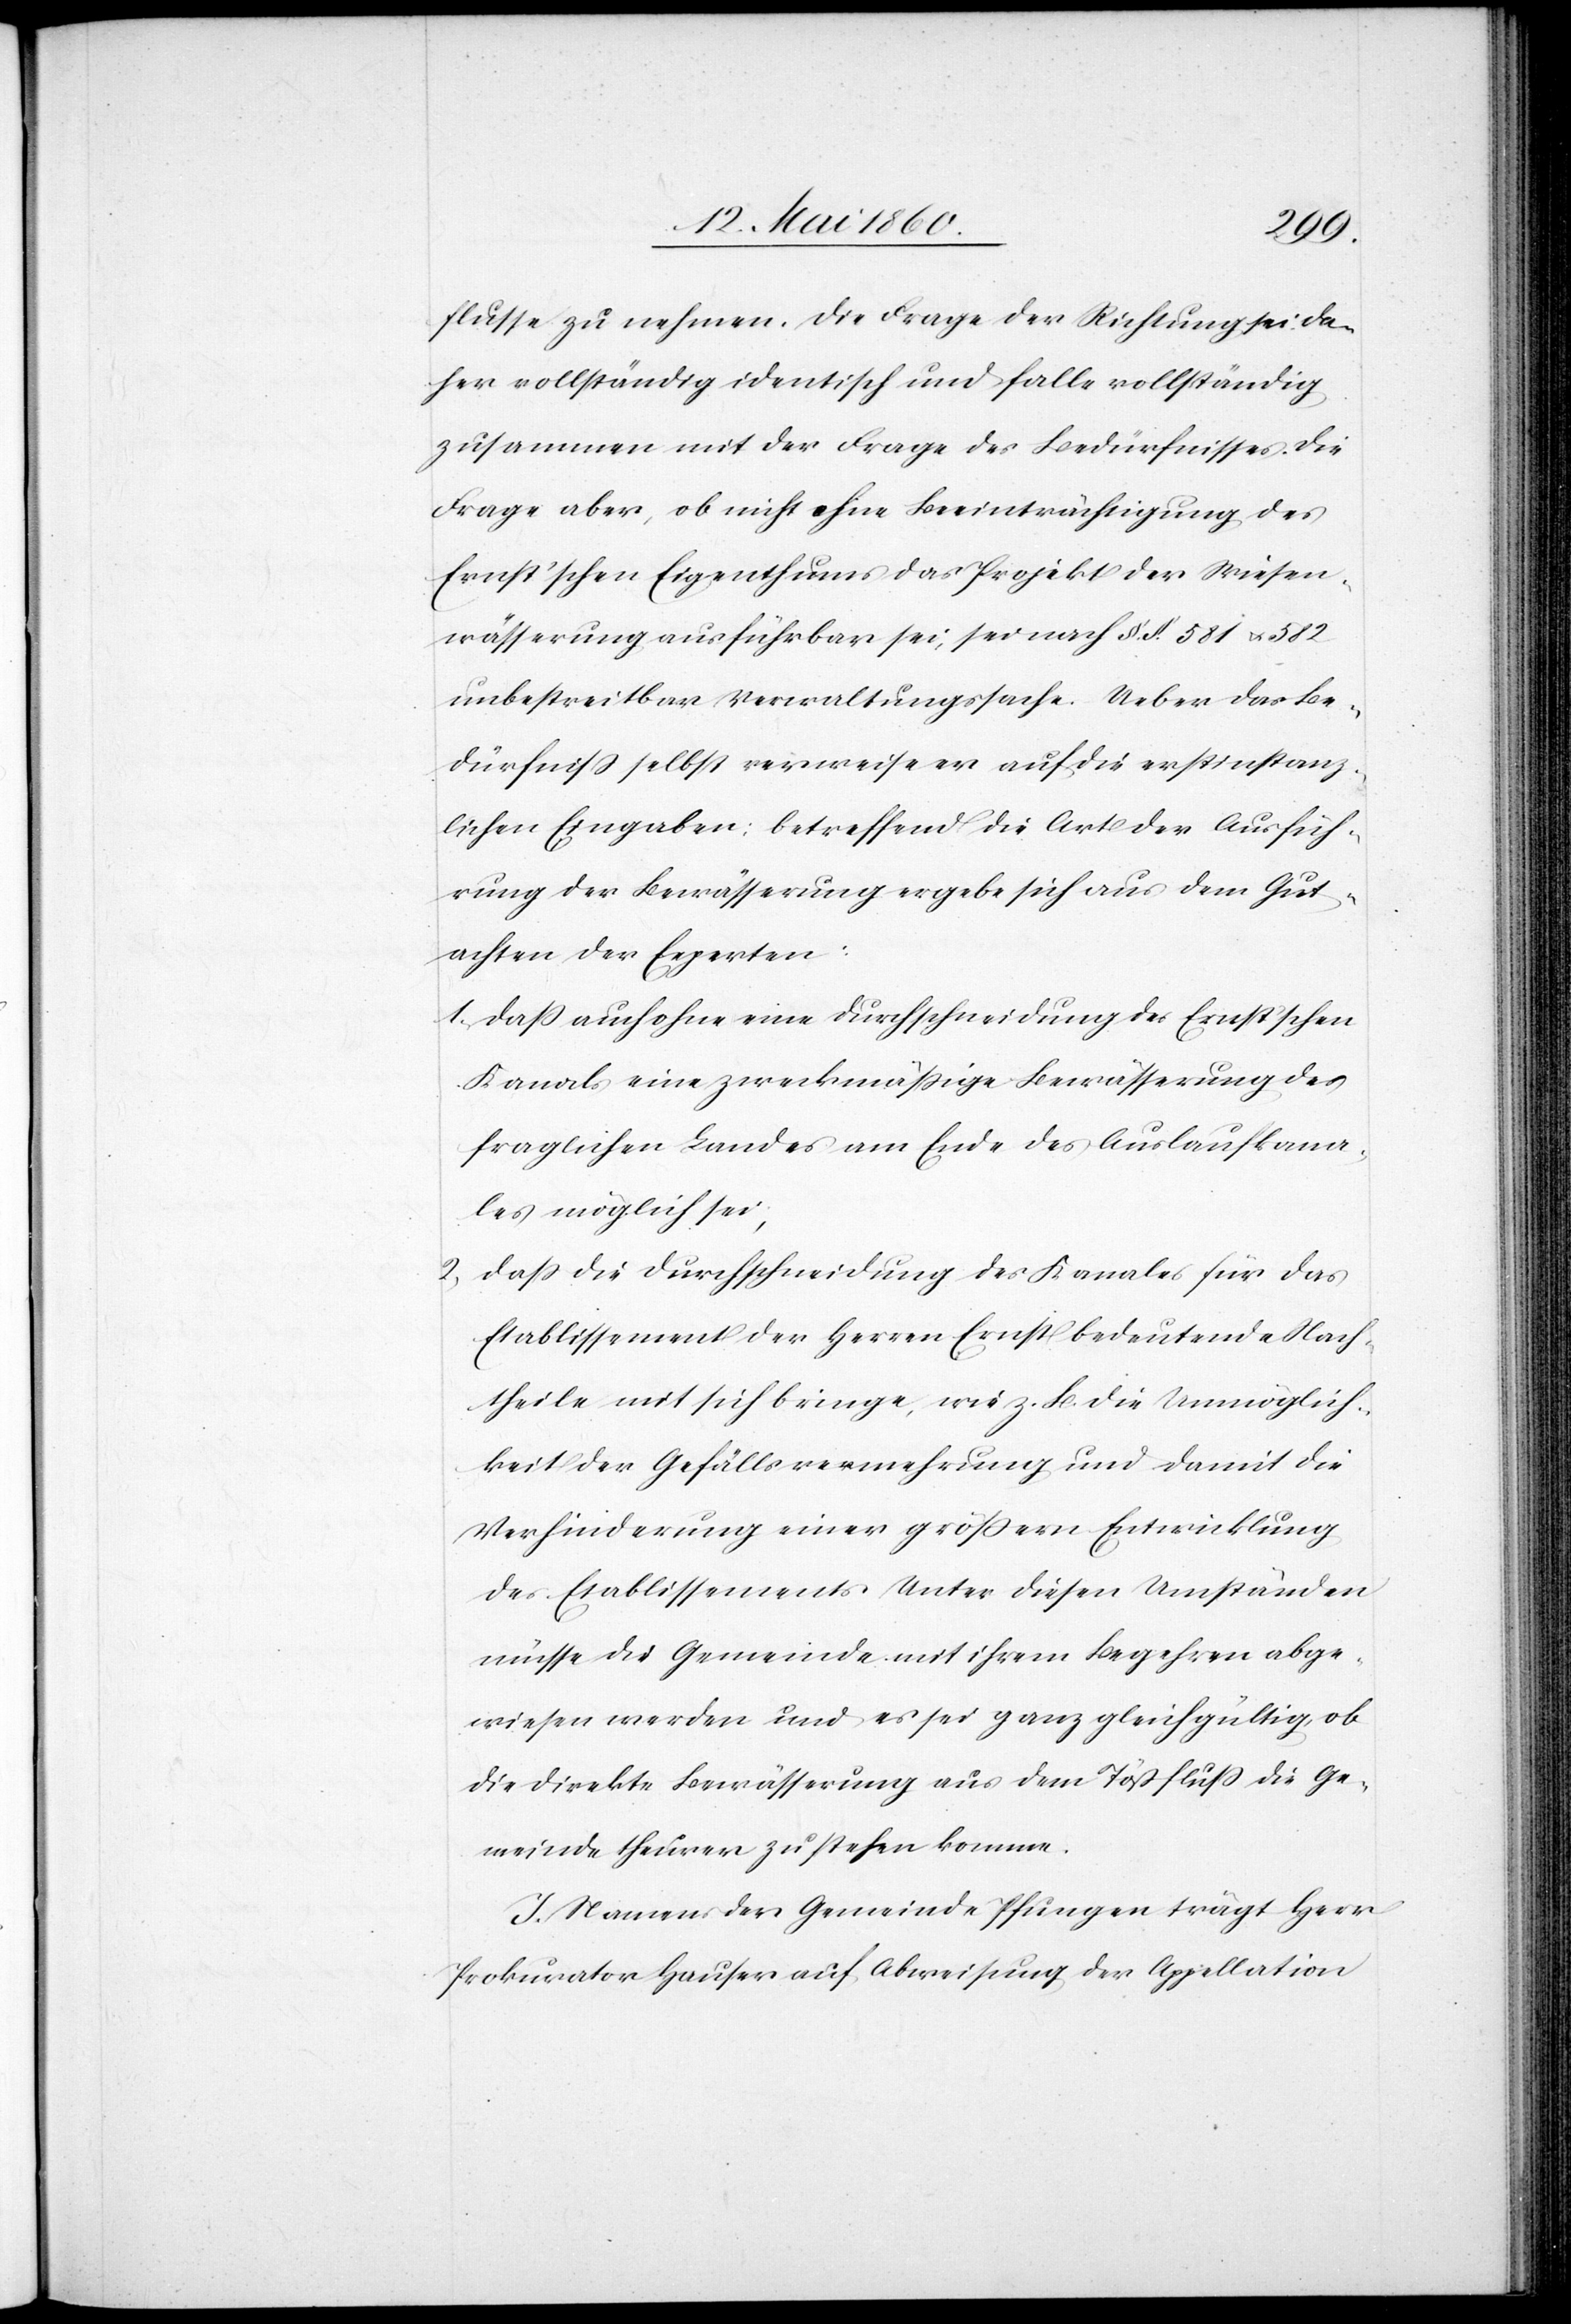
flusse zu nehmen. Die Frage der Richtung sei da¬
her vollständig identisch und falle vollständig
zusammen mit der Frage des Bedürfnisses. Die
Frage aber, ob nicht ohne Beeinträchtigung des
Ernst’schen Eigenthums das Projekt der Wiesen¬
wässerung ausführbar sei, sei nach §. §. 581 u. 582
unbestreitbar Verwaltungssache. Ueber das Be¬
dürfniss selbst verweise er auf die erstinstanz¬
lichen Eingaben: betreffend die Art der Ausfüh¬
rung der Bewässerung ergebe sich aus dem Gut¬
achten der Experten:
1. Dass auch ohne eine Durchschneidung des Ernst’schen
Kanals eine zweckmäßige Bewässerung des
fraglichen Landes am Ende des Auslaufkana¬
les möglich sei,
2. Dass die Durchschneidung des Kanales für das
Etablissement der Herren Ernst bedeutende Nach¬
theile mit sich bringe, wie z. B. die Unmöglich¬
keit der Gefällsvermehrung und damit die
Verhinderung einer grössern Entwicklung
des Etablissements. Unter diesen Umständen
müsse die Gemeinde mit ihrem Begehren abge¬
wiesen werden und es sei ganz gleichgültig, ob
die direkte Bewässerung aus dem Tössfluss die Ge¬
meinde theurer zu stehen komme.
I. Namens der Gemeinde Pfungen trägt Herr
Prokurator Hauser auf Abweisung der Appellation